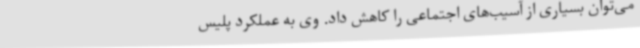
می‌توان بسیاری از آسیب‌های اجتماعی را کاهش داد. وی به عملکرد پلیس